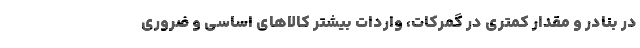
در بنادر و مقدار کمتری در گمرکات، واردات بیشتر کالاهای اساسی و ضروری